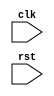
module synchronous_reset (
    input clk,
    input rst,
    // other input/output ports
);

// other signals and registers declaration

always @(posedge rst) begin
    // behavior to occur on positive edge of rst signal
    // synchronous reset functionality implementation
end

// other code for the module

endmodule